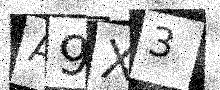
Text: A9X3